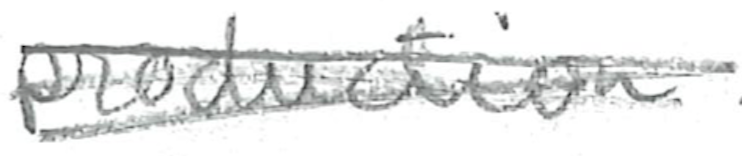
Text: production
Cross-out: scratch
Writing tool: pencil